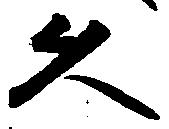
久